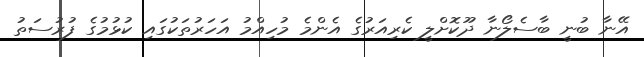
އޭނާ ބުނީ ބާސެލޯނާ ދޫކޮށްލީ ކެރިއަރުގެ އެންމެ މުހިއްމު އަހަރުތަކުގައި ކުޅުމުގެ ފުރުސަތު